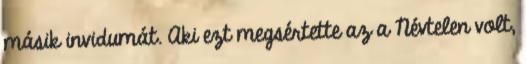
másik invidumát. Aki ezt megsértette az a Névtelen volt,